Leaving Certificate Examination (including Day School Certificate (Higher) General paper), 1927
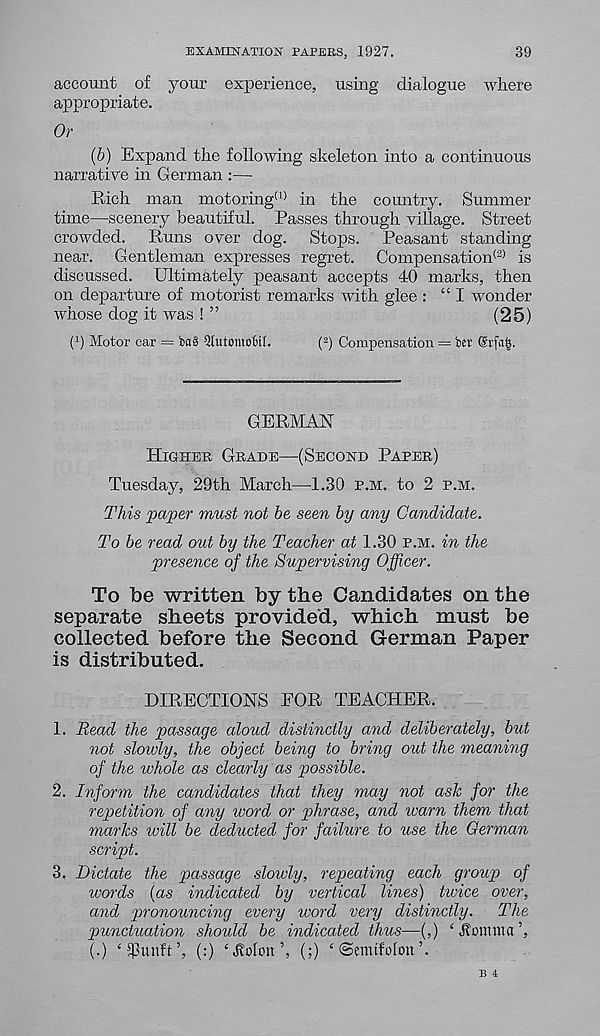
EXAMINATION PAPERS, 1927.
39
account of your experience, using dialogue where
appropriate.
Or
(6) Expand the following skeleton into a continuous
narrative in German :—
Eich man motoring (l) in the country. Summer
time—scenery beautiful. Passes through village. Street
crowded. Runs over dog. Stops. Peasant standing
near. Gentleman expresses regret. Compensation^ is
discussed. Ultimately peasant accepts 40 marks, then
on departure of motorist remarks with glee : “I wonder
whose dog it was ! ”
(25)
( x ) Motor car = bct§ QlutomoM.
( 2 ) Compensation = bet
GERMAN
Higher Grade—(Second Paper)
Tuesday, 29th March—-1.30 p.m. to 2 p.m.
This paper must not be seen by any Candidate.
To be read out by the Teacher at 1.30 p.m. in the
presence of the Supervising Officer.
To Tbe written by the Candidates on the
separate sheets provided, which must be
collected before the Second German Paper
is distributed.
DIRECTIONS FOR TEACHER.
1. Read the passage aloud distinctly and deliberately, but
not sloivly, the object being to bring out the meaning
of the whole as clearly as possible.
2. Inform the candidates that they may not ash for the
repetition of any word or phrase, and warn them that
marks will be deducted for failure to use the German
script.
3. Dictate the passage slowly, repeating each grouji of
words (as indicated by vertical lines) tivice over,
and pronouncing every word very distinctly.
The
punctuation should be indicated thus—(,) ‘ Aonuna ’,
(.) ‘iffluft’, (:) ‘ Aolort \ (;) ‘ ©emifoton ’.